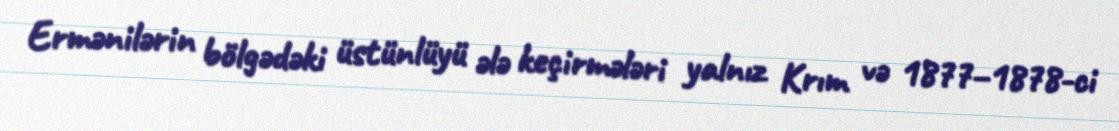
Ermənilərin bölgədəki üstünlüyü ələ keçirmələri yalnız Krım və 1877–1878-ci